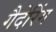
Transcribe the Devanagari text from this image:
गैदेरिंग